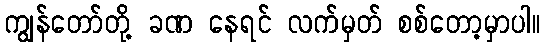
ကျွန်တော်တို့ ခဏ နေရင် လက်မှတ် စစ်တော့မှာပါ။